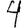
Digit: 4